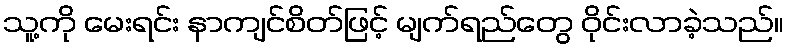
သူ့ကို မေးရင်း နာကျင်စိတ်ဖြင့် မျက်ရည်တွေ ဝိုင်းလာခဲ့သည်။